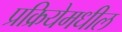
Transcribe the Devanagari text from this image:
प्रक्रियेमधील